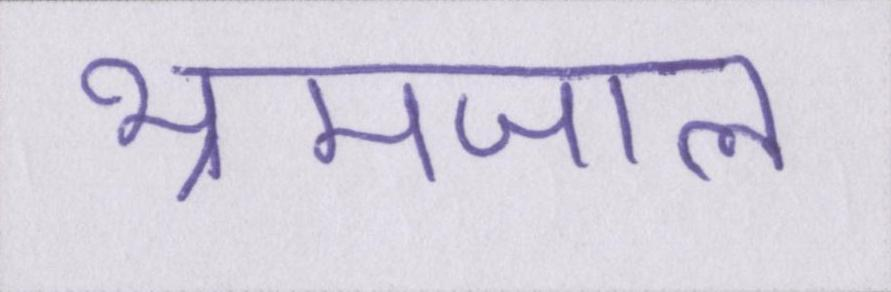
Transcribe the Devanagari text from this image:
भ्रमजाल